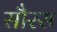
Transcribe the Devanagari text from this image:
सौरस